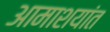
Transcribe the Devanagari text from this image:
आमाशयांत